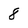
Character: 8